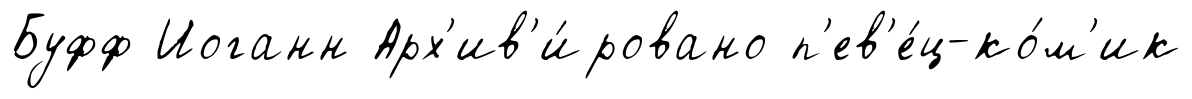
Буфф Иоганн Арх'ив'и́ровано п'ев'е́ц-ко́м'ик